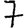
Digit: 7